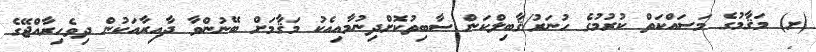
(ށ) މަޤާމުގެ މަސައްކަތް ކުރުމުގެ ހުނަރު/ޤާބިލްކަން ސާބިތުކޮށްދިނުމާއިއެކު މަޤާމަށް ބޭނުންވާ ދާއިރާއަކުން ދިވެހިރާއްޖޭގެ